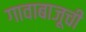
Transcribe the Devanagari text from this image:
गावाबाजूची